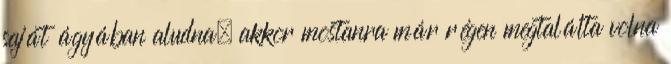
saját ágyában aludna, akkor mostanra már régen megtalálta volna